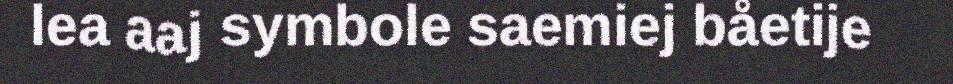
lea aaj symbole saemiej båetije